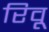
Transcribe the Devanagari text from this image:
रिवू